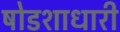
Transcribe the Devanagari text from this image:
षोडशाधारी